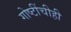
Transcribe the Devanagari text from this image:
गोष्टींचीही